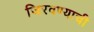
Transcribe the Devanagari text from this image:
जिरवण्याची